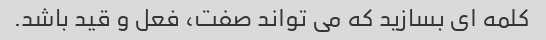
کلمه ای بسازید که می تواند صفت، فعل و قید باشد.